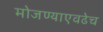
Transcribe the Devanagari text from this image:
मोजण्याएवढेच